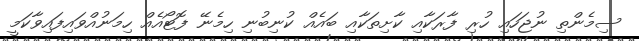
ސިމެންތި ނުޖަހައި ހުރި ފާރަކާއި ކާށިތަކާއި ބައެއް ކުނިބުނި ހިމެނޭ ފޮޓޯއެއް ހިމަނުއްވައިފައިވާކަމީ